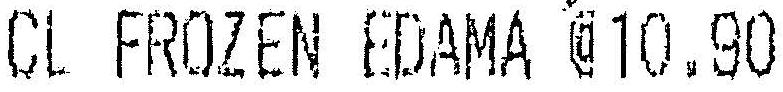
CL FROZEN EDAMA @ 10.90